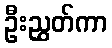
ဦးညွှတ်ကာ